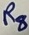
Text: R8